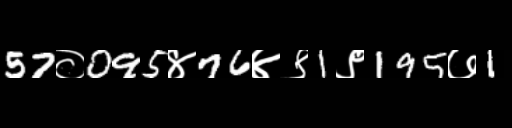
Text: 57०095४76४९1९195७1